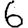
Digit: 6